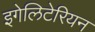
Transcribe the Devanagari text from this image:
इगेलिटेरियन